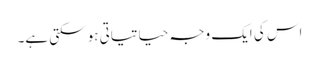
اس کی ایک وجہ حیاتیاتی ہو سکتی ہے۔